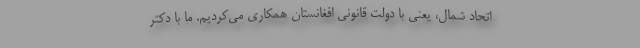
اتحاد شمال، یعنی با دولت قانونی افغانستان همکاری می‌کردیم. ما با دکتر